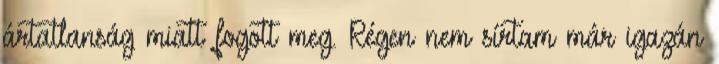
ártatlanság miatt fogott meg. Régen nem sírtam már igazán